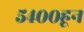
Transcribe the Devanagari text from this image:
५४००हून